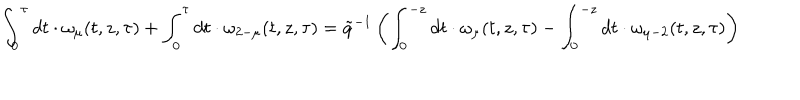
LaTeX: \int _ { 0 } ^ { \tau } d t \cdot \omega _ { \mu } ( t , z , \tau ) + \int _ { 0 } ^ { \tau } d t \cdot \omega _ { 2 - \mu } ( t , z , \tau ) = \tilde { q } ^ { - 1 } \left( \int _ { 0 } ^ { - z } d t \cdot \omega _ { \mu } ( t , z , \tau ) - \int _ { 0 } ^ { - z } d t \cdot \omega _ { \mu - 2 } ( t , z , \tau ) \right)